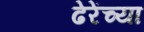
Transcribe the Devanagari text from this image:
ढेरेंच्या